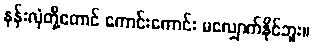
နန်းလုံတို့တောင် ကောင်းကောင်း မလျှောက်နိုင်ဘူး။